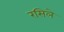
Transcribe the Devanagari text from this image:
रसिले